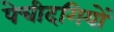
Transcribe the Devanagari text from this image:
पेचीदगियों